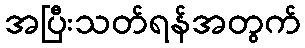
အပြီးသတ်ရန်အတွက်